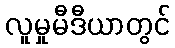
လူမှုမီဒီယာတွင်